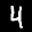
Label: 4